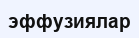
эффузиялар